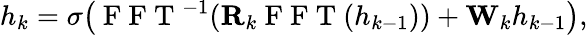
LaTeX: \begin{array}{r}{h_{k}=\sigma\big(\mathrm{~F~F~T~}^{-1}(\mathbf{R}_{k}\mathrm{~F~F~T~}(h_{k-1}))+\mathbf{W}_{k}h_{k-1}\big),}\end{array}